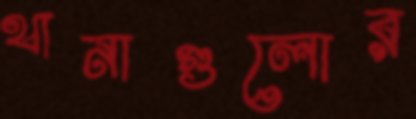
থানাগুলোর